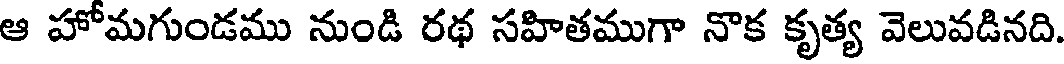
ఆ హోమగుండము నుండి రథ సహితముగా నొక కృత్య వెలువడినది.